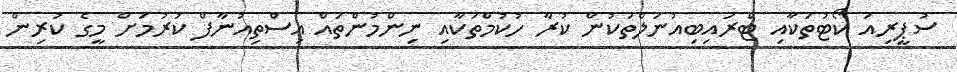
ސުޕީރިއަ ކޯޓުތަކާއި ޓްރައިބިއުނަލްތަކުން ކުރާ ހުކުމްތަކާއި ނިންމުންތައް އިސްތިއުނާފް ކުރުމަށް މީގެ ކުރިން